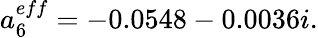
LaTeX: a_{6}^{eff}=-0.0548-0.0036i.